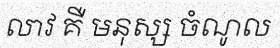
លាវ គឺ មនុស្ស ចំណូល